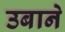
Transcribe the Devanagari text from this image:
उबाने